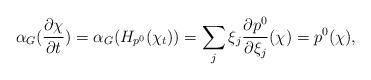
LaTeX: \begin{align*} \alpha_G( \frac{\partial \chi}{\partial t}) = \alpha_G(H_{p^{0}}(\chi_t)) = \sum_j \xi_j \frac{\partial p^{0}}{\partial \xi_j}(\chi) = p^0(\chi) ,\end{align*}